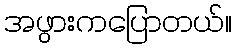
အဖွားကပြောတယ်။